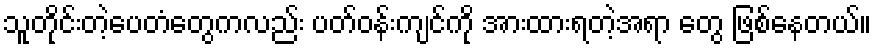
သူတိုင်းတဲ့ပေတံတွေကလည်း ပတ်ဝန်းကျင်ကို အားထားရတဲ့အရာ တွေ ဖြစ်နေတယ်။